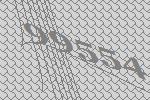
99554